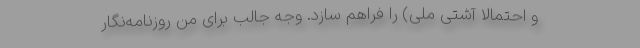
و احتمالا آشتی ملی) را فراهم سازد. وجه جالب برای منِ روزنامه‌نگار